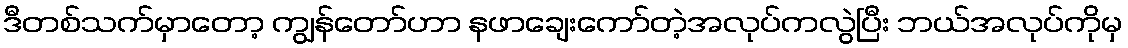
ဒီတစ်သက်မှာတော့ ကျွန်တော်ဟာ နဖာချေးကော်တဲ့အလုပ်ကလွဲပြီး ဘယ်အလုပ်ကိုမှ